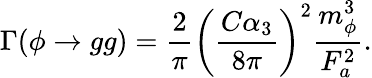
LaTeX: \Gamma(\phi\rightarrow gg)=\frac{2}{\pi}\left(\frac{C\alpha_{3}}{8\pi}\right)^{2}\frac{m_{\phi}^{3}}{F_{a}^{2}}.